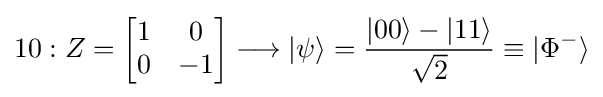
10:Z={\begin{bmatrix}1&0\\0&-1\end{bmatrix}}\longrightarrow |\psi \rangle ={\frac {|00\rangle -|11\rangle }{\sqrt {2}}}\equiv |{\Phi ^{-}}\rangle